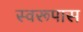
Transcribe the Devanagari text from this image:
स्वरूपास